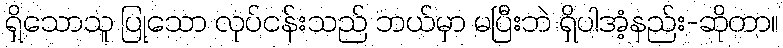
ရှိသောသူ ပြုသော လုပ်ငန်းသည် ဘယ်မှာ မပြီးဘဲ ရှိပါအံ့နည်း-ဆိုတာ။